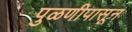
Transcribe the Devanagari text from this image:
पुळणीपासून